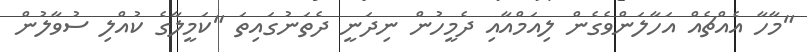
"މާހާ އެއްޗެއް އަހާލަންވެގެން ލިއަމްއާއި ދެމީހުން ނިދަނީ ދެތަނުގައިތަ "ކަމީލާގެ ކުއްލި ސުވާލުން